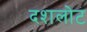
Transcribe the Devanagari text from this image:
दशलोट